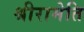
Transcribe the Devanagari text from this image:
श्रीरामेति